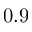
0 . 9